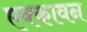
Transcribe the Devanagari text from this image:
एक्कावन